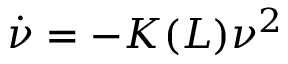
\dot { \nu } = - K ( L ) \nu ^ { 2 }